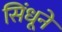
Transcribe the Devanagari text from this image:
सिंधूने